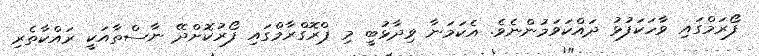
ފޯރަމްގައި ވާހަކަފުޅު ދައްކަވަމުންނެވެ. އެކަމަނާ ވިދާޅުބީ މި ޕްރޮގްރާމްގައި ފޯރުކޮށްދޭ ނާސްތާއަކީ ރައްކާތެރި